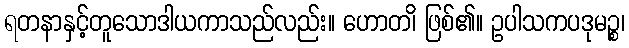
ရတနာနှင့်တူသောဒါယကာသည်လည်း။ ဟောတ၊ိ ဖြစ်၏။ ဥပါသကပဒုမဉ္စ၊